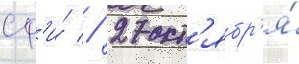
сф'и́ // 27 окт'ябр'я́